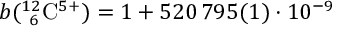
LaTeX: b ( { } _ { ~ 6 } ^ { 1 2 } \mathrm { C } ^ { 5 + } ) = 1 + 5 2 0 \, 7 9 5 ( 1 ) \cdot 1 0 ^ { - 9 }